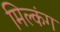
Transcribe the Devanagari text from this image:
मिल्कंग